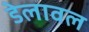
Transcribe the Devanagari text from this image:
डेलावल